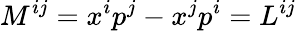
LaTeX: M^{ij}=x^{i}p^{j}-x^{j}p^{i}=L^{ij}